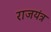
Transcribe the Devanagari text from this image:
राजयंत्र